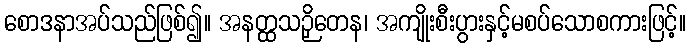
စောဒနာအပ်သည်ဖြစ်၍။ အနတ္ထသဉှိတေန၊ အကျိုးစီးပွားနှင့်မစပ်သောစကားဖြင့်။